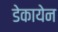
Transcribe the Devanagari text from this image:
डेकायेन